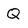
Character: Q